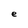
Character: e